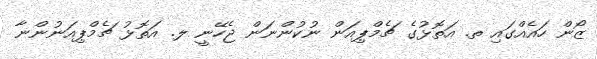
ޒޯން ހައެއްގައި ތ. އަތޮޅުގެ ޗެމްޕިއަން ނުކުންނަން ޖެހޭނީ ލ. އަތޮޅު ޗެމްޕިއަނުންނާ